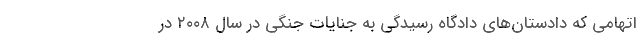
اتهامی که دادستان‌های دادگاه رسیدگی به جنایات جنگی در سال ۲۰۰۸ در